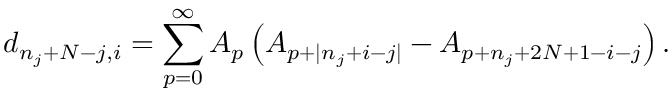
d _ { n _ { j } + N - j , i } = \sum _ { p = 0 } ^ { \infty } A _ { p } \left( A _ { p + | n _ { j } + i - j | } - A _ { p + n _ { j } + 2 N + 1 - i - j } \right) .